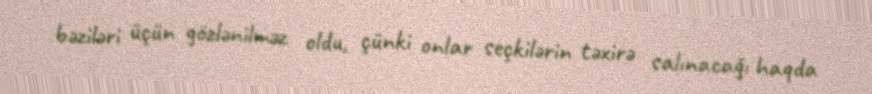
bəziləri üçün gözlənilməz oldu, çünki onlar seçkilərin təxirə salınacağı haqda